Scottish Certificate of Education, 1963
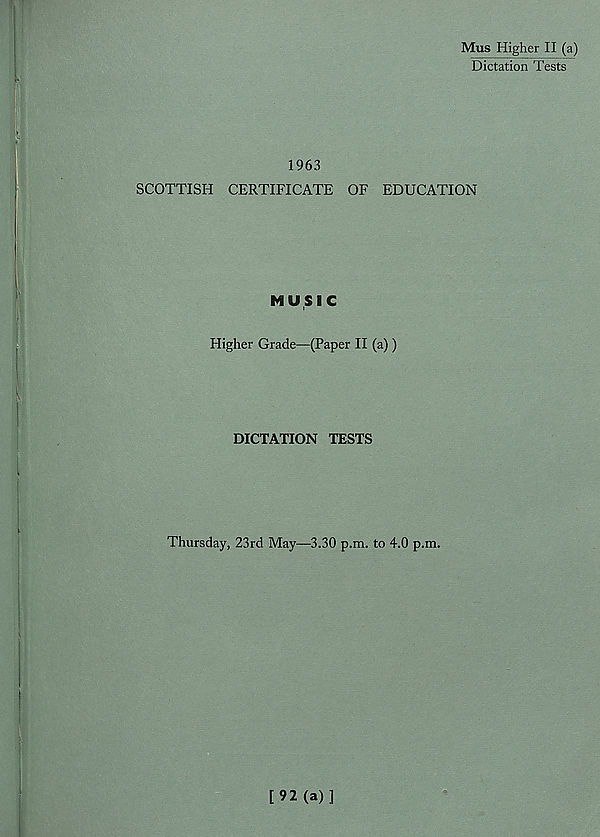
Mus Higher II (a)
Dictation Tests
1963
SCOTTISH CERTIFICATE OF EDUCATION
MUSIC
Higher Grade—(Paper II (a))
DICTATION TESTS
Thursday, 23rd May—3.30 p.m. to 4.0 p.m.
[92(a)]